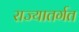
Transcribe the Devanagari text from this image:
राज्यातर्गत